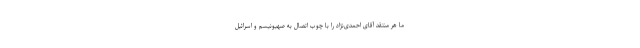
ما هر منتقد آقای احمدی‌نژاد را با چوب اتصال به صهیونیسم و اسرائیل